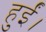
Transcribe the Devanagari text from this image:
हुर्ईं।